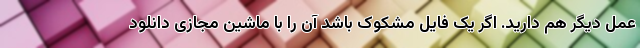
عمل دیگر هم دارید. اگر یک فایل مشکوک باشد آن را با ماشین مجازی دانلود